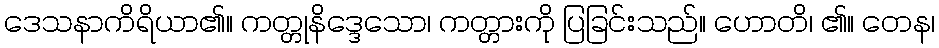
ဒေသနာကိရိယာ၏။ ကတ္တုနိဒ္ဒေသော၊ ကတ္တားကို ပြခြင်းသည်။ ဟောတိ၊ ၏။ တေန၊